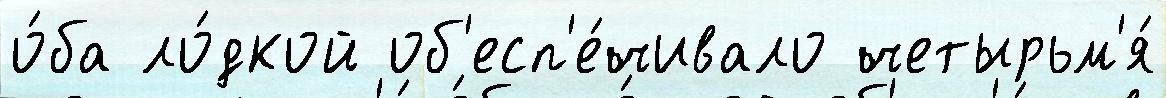
о́ба ло́дкой об'есп'е́чивало четырьм'я́